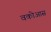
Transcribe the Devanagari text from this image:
वकोआस